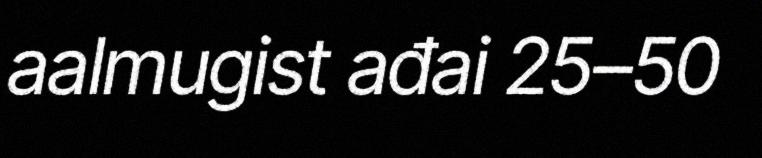
aalmugist ađai 25–50